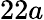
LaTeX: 22a